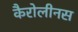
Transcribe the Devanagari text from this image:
कैरोलीनस